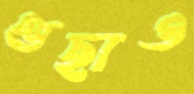
গুছাও